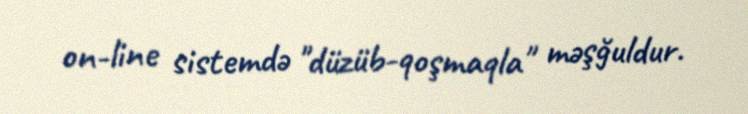
on-line sistemdə "düzüb-qoşmaqla" məşğuldur.